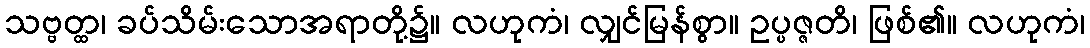
သဗ္ဗတ္ထ၊ ခပ်သိမ်းသောအရာတို့၌။ လဟုကံ၊ လျှင်မြန်စွာ။ ဥပ္ပဇ္ဇတိ၊ ဖြစ်၏။ လဟုကံ၊